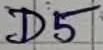
Text: D5